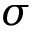
\sigma